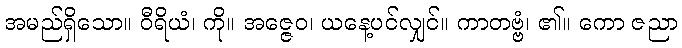
အမည်ရှိသော။ ဝီရိယံ၊ ကို။ အဇ္ဇေဝ၊ ယနေ့ပင်လျှင်။ ကာတဗ္ဗံ၊ ၏။ ကော ဇညာ